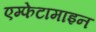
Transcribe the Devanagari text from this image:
एम्फेटामाइन